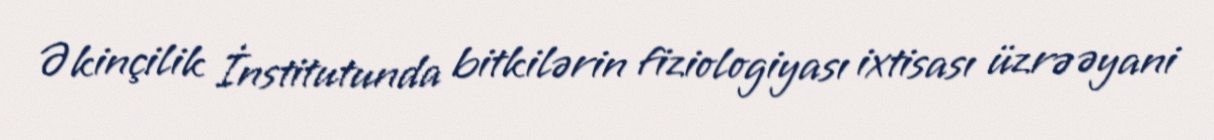
Əkinçilik İnstitutunda bitkilərin fiziologiyası ixtisası üzrə əyani